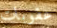
عقوبات